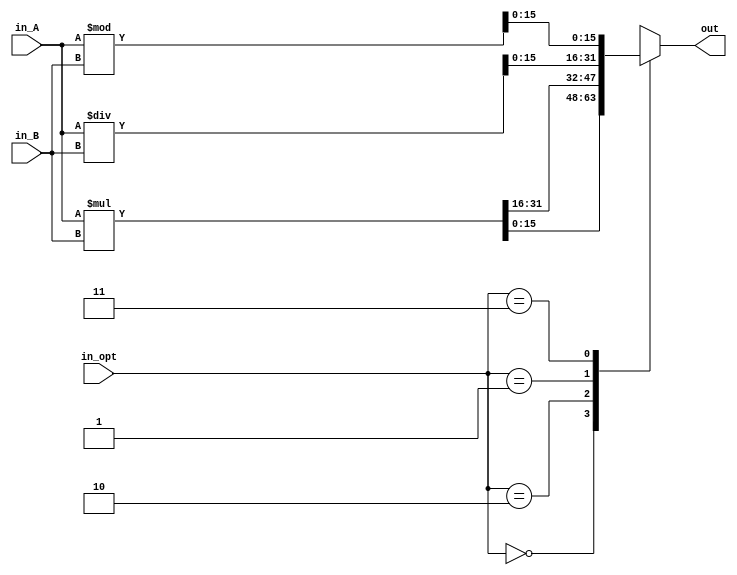
`timescale 1ns/10ps


module mul_div #(parameter WIDTH = 16) (
input  [WIDTH-1:0] in_A, in_B,
input  [1:0] in_opt, 
output reg [WIDTH-1:0] out); 

wire [WIDTH*2-1:0] mulO;
wire [WIDTH:0] divO, res;
assign mulO = in_A * in_B;
assign divO = in_A / in_B;
assign res = in_A % in_B;

always @(*) begin
	casez(in_opt)
		2'b00: out = mulO[WIDTH-1:0];
		2'b10: out = mulO[WIDTH*2-1:WIDTH];
		2'b01: out = divO;
		2'b11: out = res;
		default: out ={WIDTH{1'bz}};
	endcase
end
endmodule